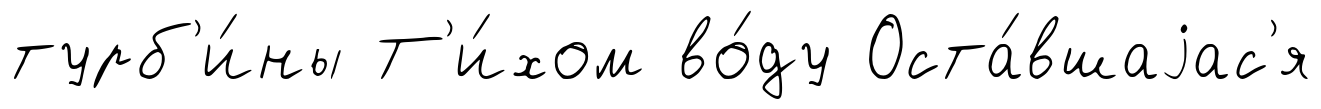
турб'и́ны Т'и́хом во́ду Оста́вшаjас'я